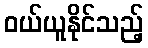
ဝယ်ယူနိုင်သည့်